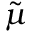
\tilde { \mu }